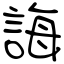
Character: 誨